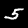
Label: 5